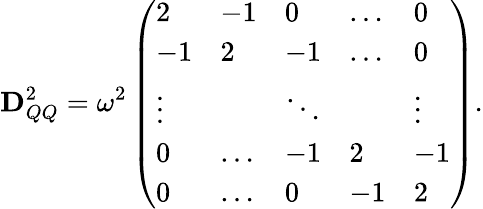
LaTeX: \mathbf{D}_{QQ}^{2}=\omega^{2}\left(\begin{array}{lllll}{2}&{-1}&{0}&{\ldots}&{0}\\ {-1}&{2}&{-1}&{\ldots}&{0}\\ {\vdots}&{}&{\ddots}&{}&{\vdots}\\ {0}&{\ldots}&{-1}&{2}&{-1}\\ {0}&{\ldots}&{0}&{-1}&{2}\end{array}\right).